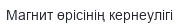
Магнит өрісінің кернеулігі